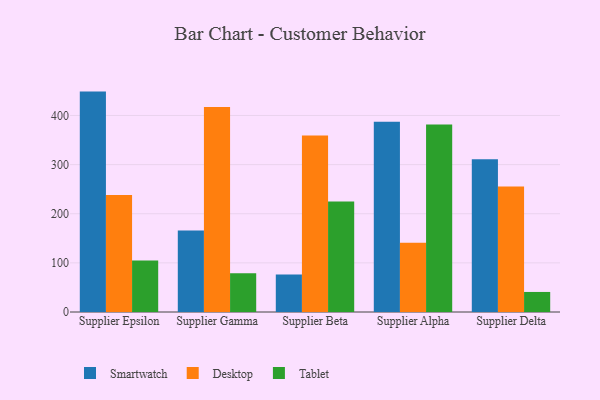
{"axis": {"x": "Supplier", "y": "Churn Rate (%)"}, "legend": ["Desktop", "Smartwatch", "Tablet"], "data": [{"x": "Supplier Epsilon", "y": 448.6, "type": "Smartwatch"}, {"x": "Supplier Epsilon", "y": 238.1, "type": "Desktop"}, {"x": "Supplier Epsilon", "y": 104.8, "type": "Tablet"}, {"x": "Supplier Gamma", "y": 166.0, "type": "Smartwatch"}, {"x": "Supplier Gamma", "y": 417.4, "type": "Desktop"}, {"x": "Supplier Gamma", "y": 78.8, "type": "Tablet"}, {"x": "Supplier Beta", "y": 76.1, "type": "Smartwatch"}, {"x": "Supplier Beta", "y": 359.3, "type": "Desktop"}, {"x": "Supplier Beta", "y": 225.0, "type": "Tablet"}, {"x": "Supplier Alpha", "y": 387.1, "type": "Smartwatch"}, {"x": "Supplier Alpha", "y": 141.2, "type": "Desktop"}, {"x": "Supplier Alpha", "y": 381.8, "type": "Tablet"}, {"x": "Supplier Delta", "y": 310.9, "type": "Smartwatch"}, {"x": "Supplier Delta", "y": 255.2, "type": "Desktop"}, {"x": "Supplier Delta", "y": 40.8, "type": "Tablet"}]}